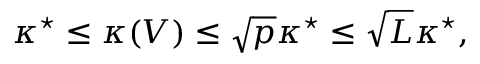
\begin{array} { r } { \kappa ^ { \star } \le \kappa ( V ) \le \sqrt { p } \kappa ^ { \star } \le \sqrt { L } \kappa ^ { \star } , } \end{array}